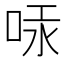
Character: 𠳃